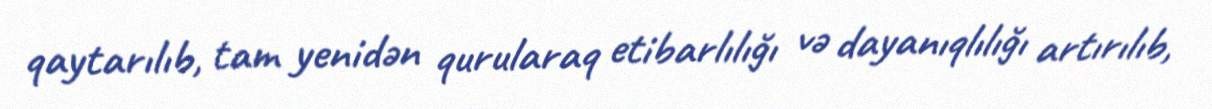
qaytarılıb, tam yenidən qurularaq etibarlılığı və dayanıqlılığı artırılıb,